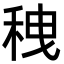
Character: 䄿